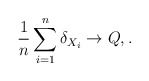
\begin{align*}\frac{1}{n}\sum_{i=1}^n\delta_{X_i} \to Q, . \end{align*}